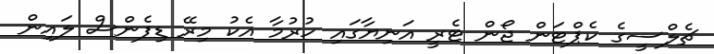
ޗެލްސީގެ ކެޕްޓަން ޖޯން ޓެރީ އަނިޔާގައި ހުރުމާ އެކު މިރޭ ޑިފެންސް ލައިން